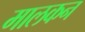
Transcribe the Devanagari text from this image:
मालकन